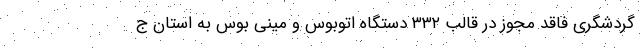
گردشگری فاقد مجوز در قالب ۳۳۲ دستگاه اتوبوس و مینی بوس به استان ج